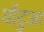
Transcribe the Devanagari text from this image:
घोंटुआ